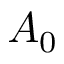
A _ { 0 }